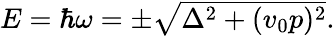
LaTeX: \begin{array}{r}{E=\hbar\omega=\pm\sqrt{\Delta^{2}+(v_{0}p)^{2}}.}\end{array}